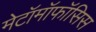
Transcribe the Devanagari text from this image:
मेटॉमॉफॉसिस